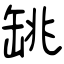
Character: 罀